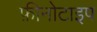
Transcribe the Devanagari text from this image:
फ़ीनोटाइप